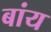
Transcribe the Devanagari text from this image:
बांय